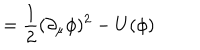
LaTeX: = \frac { 1 } { 2 } ( \partial _ { \mu } \phi ) ^ { 2 } - U ( \phi )